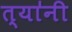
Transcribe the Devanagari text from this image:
त्या॑नी